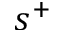
s ^ { + }